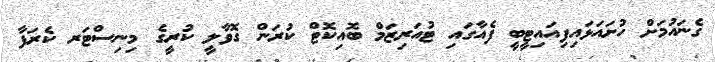
ގެނައުމަށް ހުށައަޅައިފިއައިޓީބީ ފެއާގައި ޓުއަރިޒަމް ބޮއިކޮޓް ކުރަން ގޮވާލީ ކުރީގެ މިނިސްޓަރ ކެރަފާ